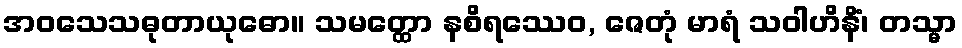
အဝသေသဓုတာယုဓော။ သမတ္ထော နစိရဿေဝ, ဇေတုံ မာရံ သဝါဟိနိံ၊ တသ္မာ